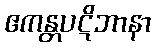
ဧကန္တပဋိဘာနာ